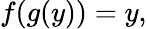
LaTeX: f(g(y))=y,